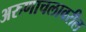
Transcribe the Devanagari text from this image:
अरुणाचलावरील